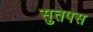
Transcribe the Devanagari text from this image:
सुतपस